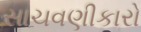
સાચવણીકારો